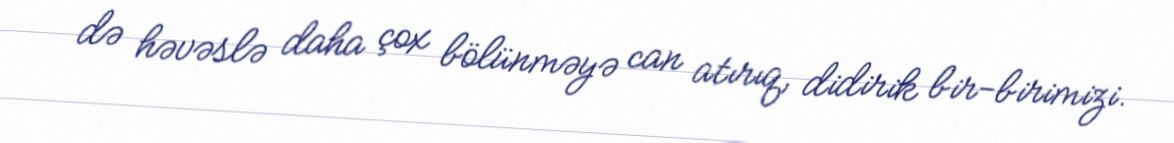
də həvəslə daha çox bölünməyə can atırıq, didirik bir-birimizi.